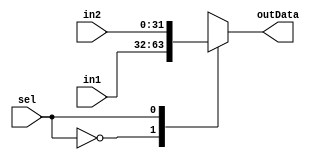




module mux(in1, in2, sel, outData);

input [31:0] in1;
input [31:0] in2;
input        sel;

output [31:0] outData;



wire [31:0] in1;
wire [31:0] in2;
wire        sel;

reg [31:0] outData;




always @(in1 or in2 or sel)
begin
    case(sel)
    1'b0:begin //add(0)/addu(1)
        outData <= in1;
    end
    1'b1:begin //and
        outData <= in2;
    end
    default : begin
        $display("mux default is selected");
    end
    endcase
end
endmodule